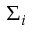
\Sigma _ { i }